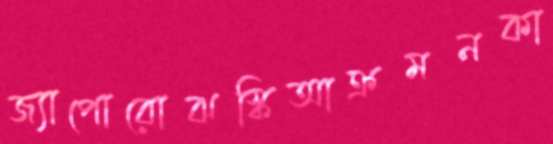
জ্যাপোরোঝস্কিআক্রমনকা